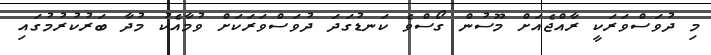
މި ދުވަސްވަރަކީ ރާއްޖެއަށް މޫސުން ގޯސްވެ ކަނޑުގަދަ ދުވަސްވަރަކަށް ވުމާއެކު މުދާ ބަރުކުރުމުގައި